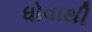
ધોવાથી